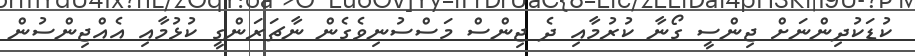
ކުޑަކުދިންނަށް ޖިންސީ ގޯނާ ކުރުމާއި ދެ ޖިންސް މަސްސުނިވެގެން ނާޗަރަންގީ ކުޅުމާއި އެއްޖިންސުން